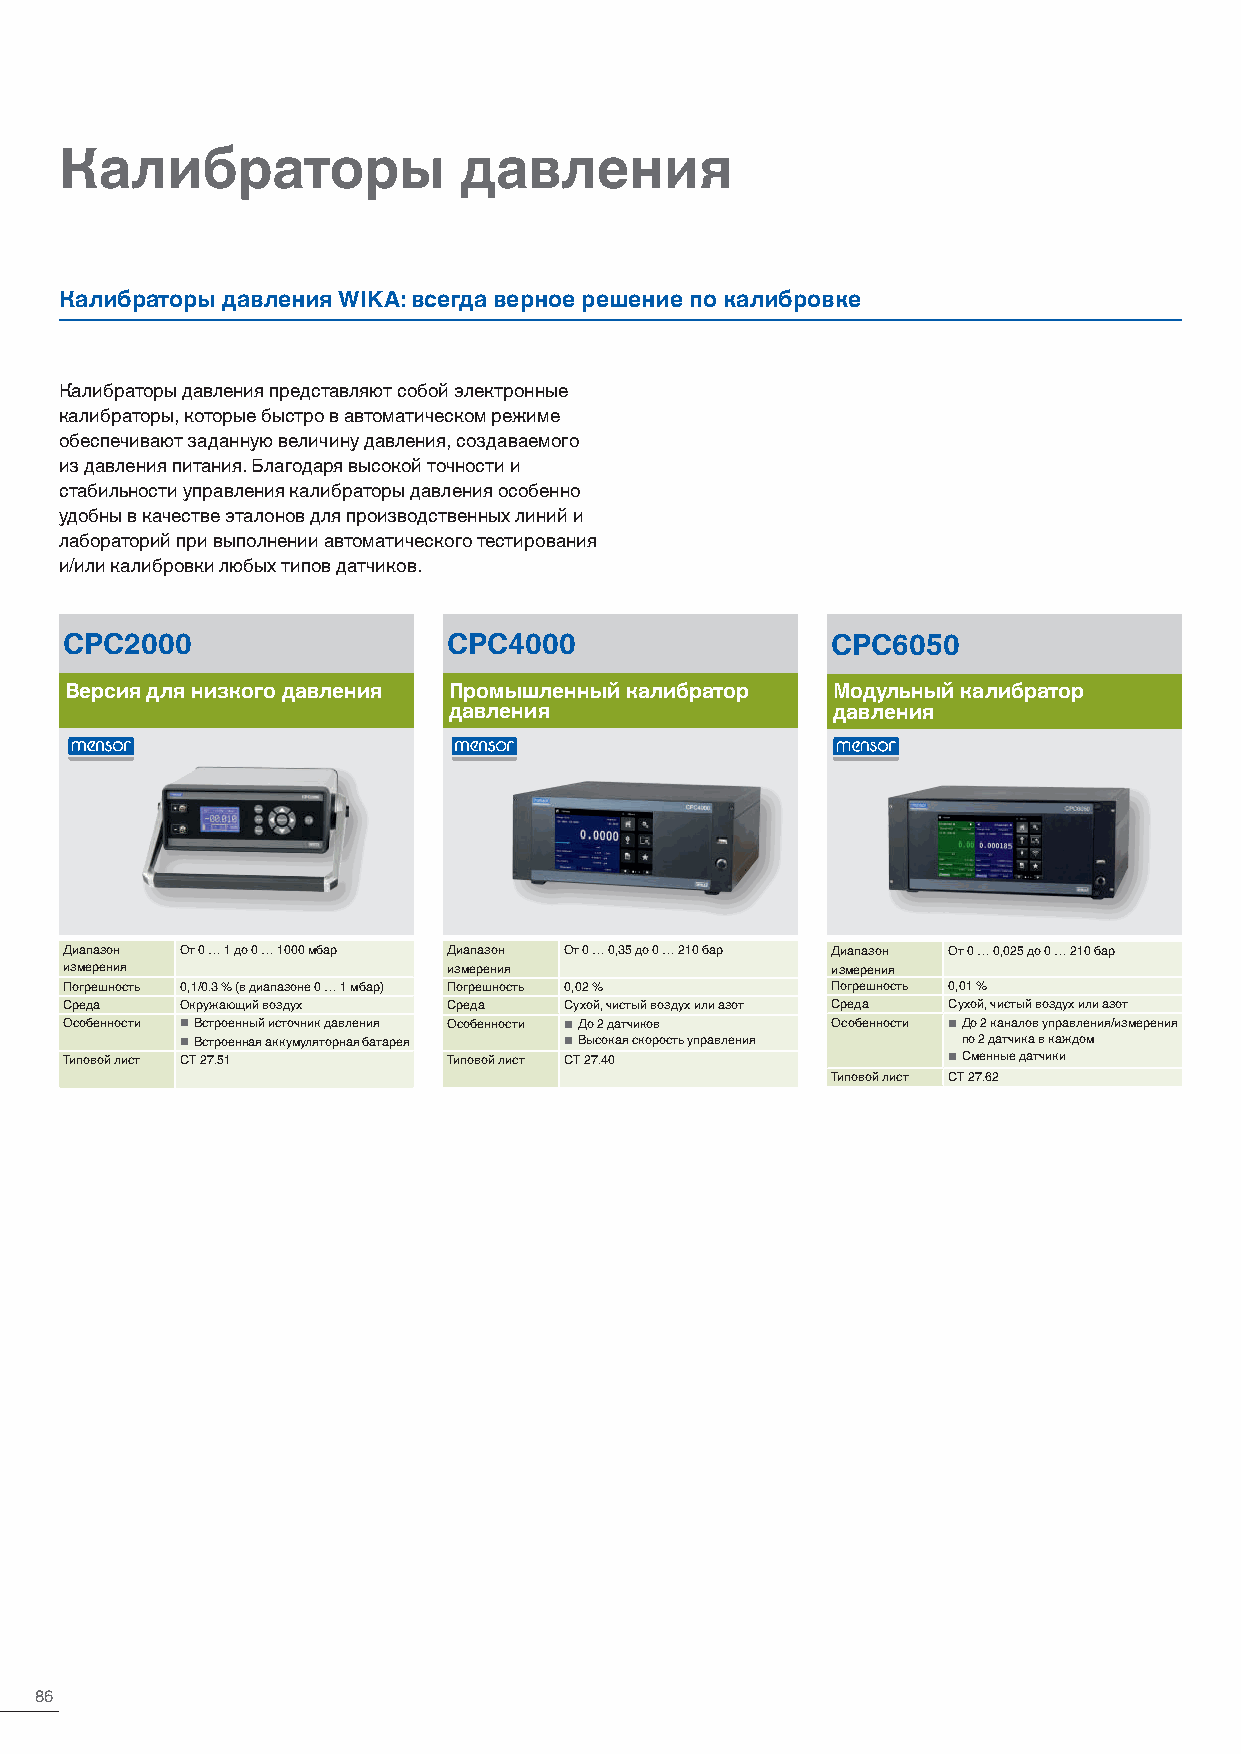
Калибраторы               давления
 Калибраторы давления WIKA: всегда верное решение по калибровке
 Калибраторы давления представляют собой электронные
 калибраторы, которые быстро в автоматическом режиме
 обеспечивают заданную величину давления, создаваемого
 из давления питания. Благодаря высокой точности и
 стабильности управления калибраторы давления особенно
 удобны в качестве эталонов для производственных линий и
 лабораторий при выполнении автоматического тестирования
 и/или калибровки любых типов датчиков.
 CPC2000                   CPC4000                  CPC6050
 Версия для низкого давления Промышленный калибратор Модульный калибратор
 давления                 давления
 Диапазон От 0 … 1 до 0 … 1000 мбар Диапазон От 0 … 0,35 до 0 … 210 бар Диапазон От 0 … 0,025 до 0 … 210 бар
 измерения                 измерения                измерения
 Погрешность 0,1/0.3 % (в диапазоне 0 … 1 мбар) Погрешность 0,02 % Погрешность 0,01 %
 Среда   Окружающий воздух Среда  Сухой, чистый воздух или азот Среда Сухой, чистый воздух или азот
 Особенности ■ Встроенный источник давления Особенности ■ До 2 датчиков Особенности ■ До 2 каналов управления/измерения
 ■ Встроенная аккумуляторная батарея ■ Высокая скорость управления по 2 датчика в каждом
 Типовой лист CT 27.51     Типовой лист CT 27.40            ■ Сменные датчики
 Типовой лист CT 27.62
 86